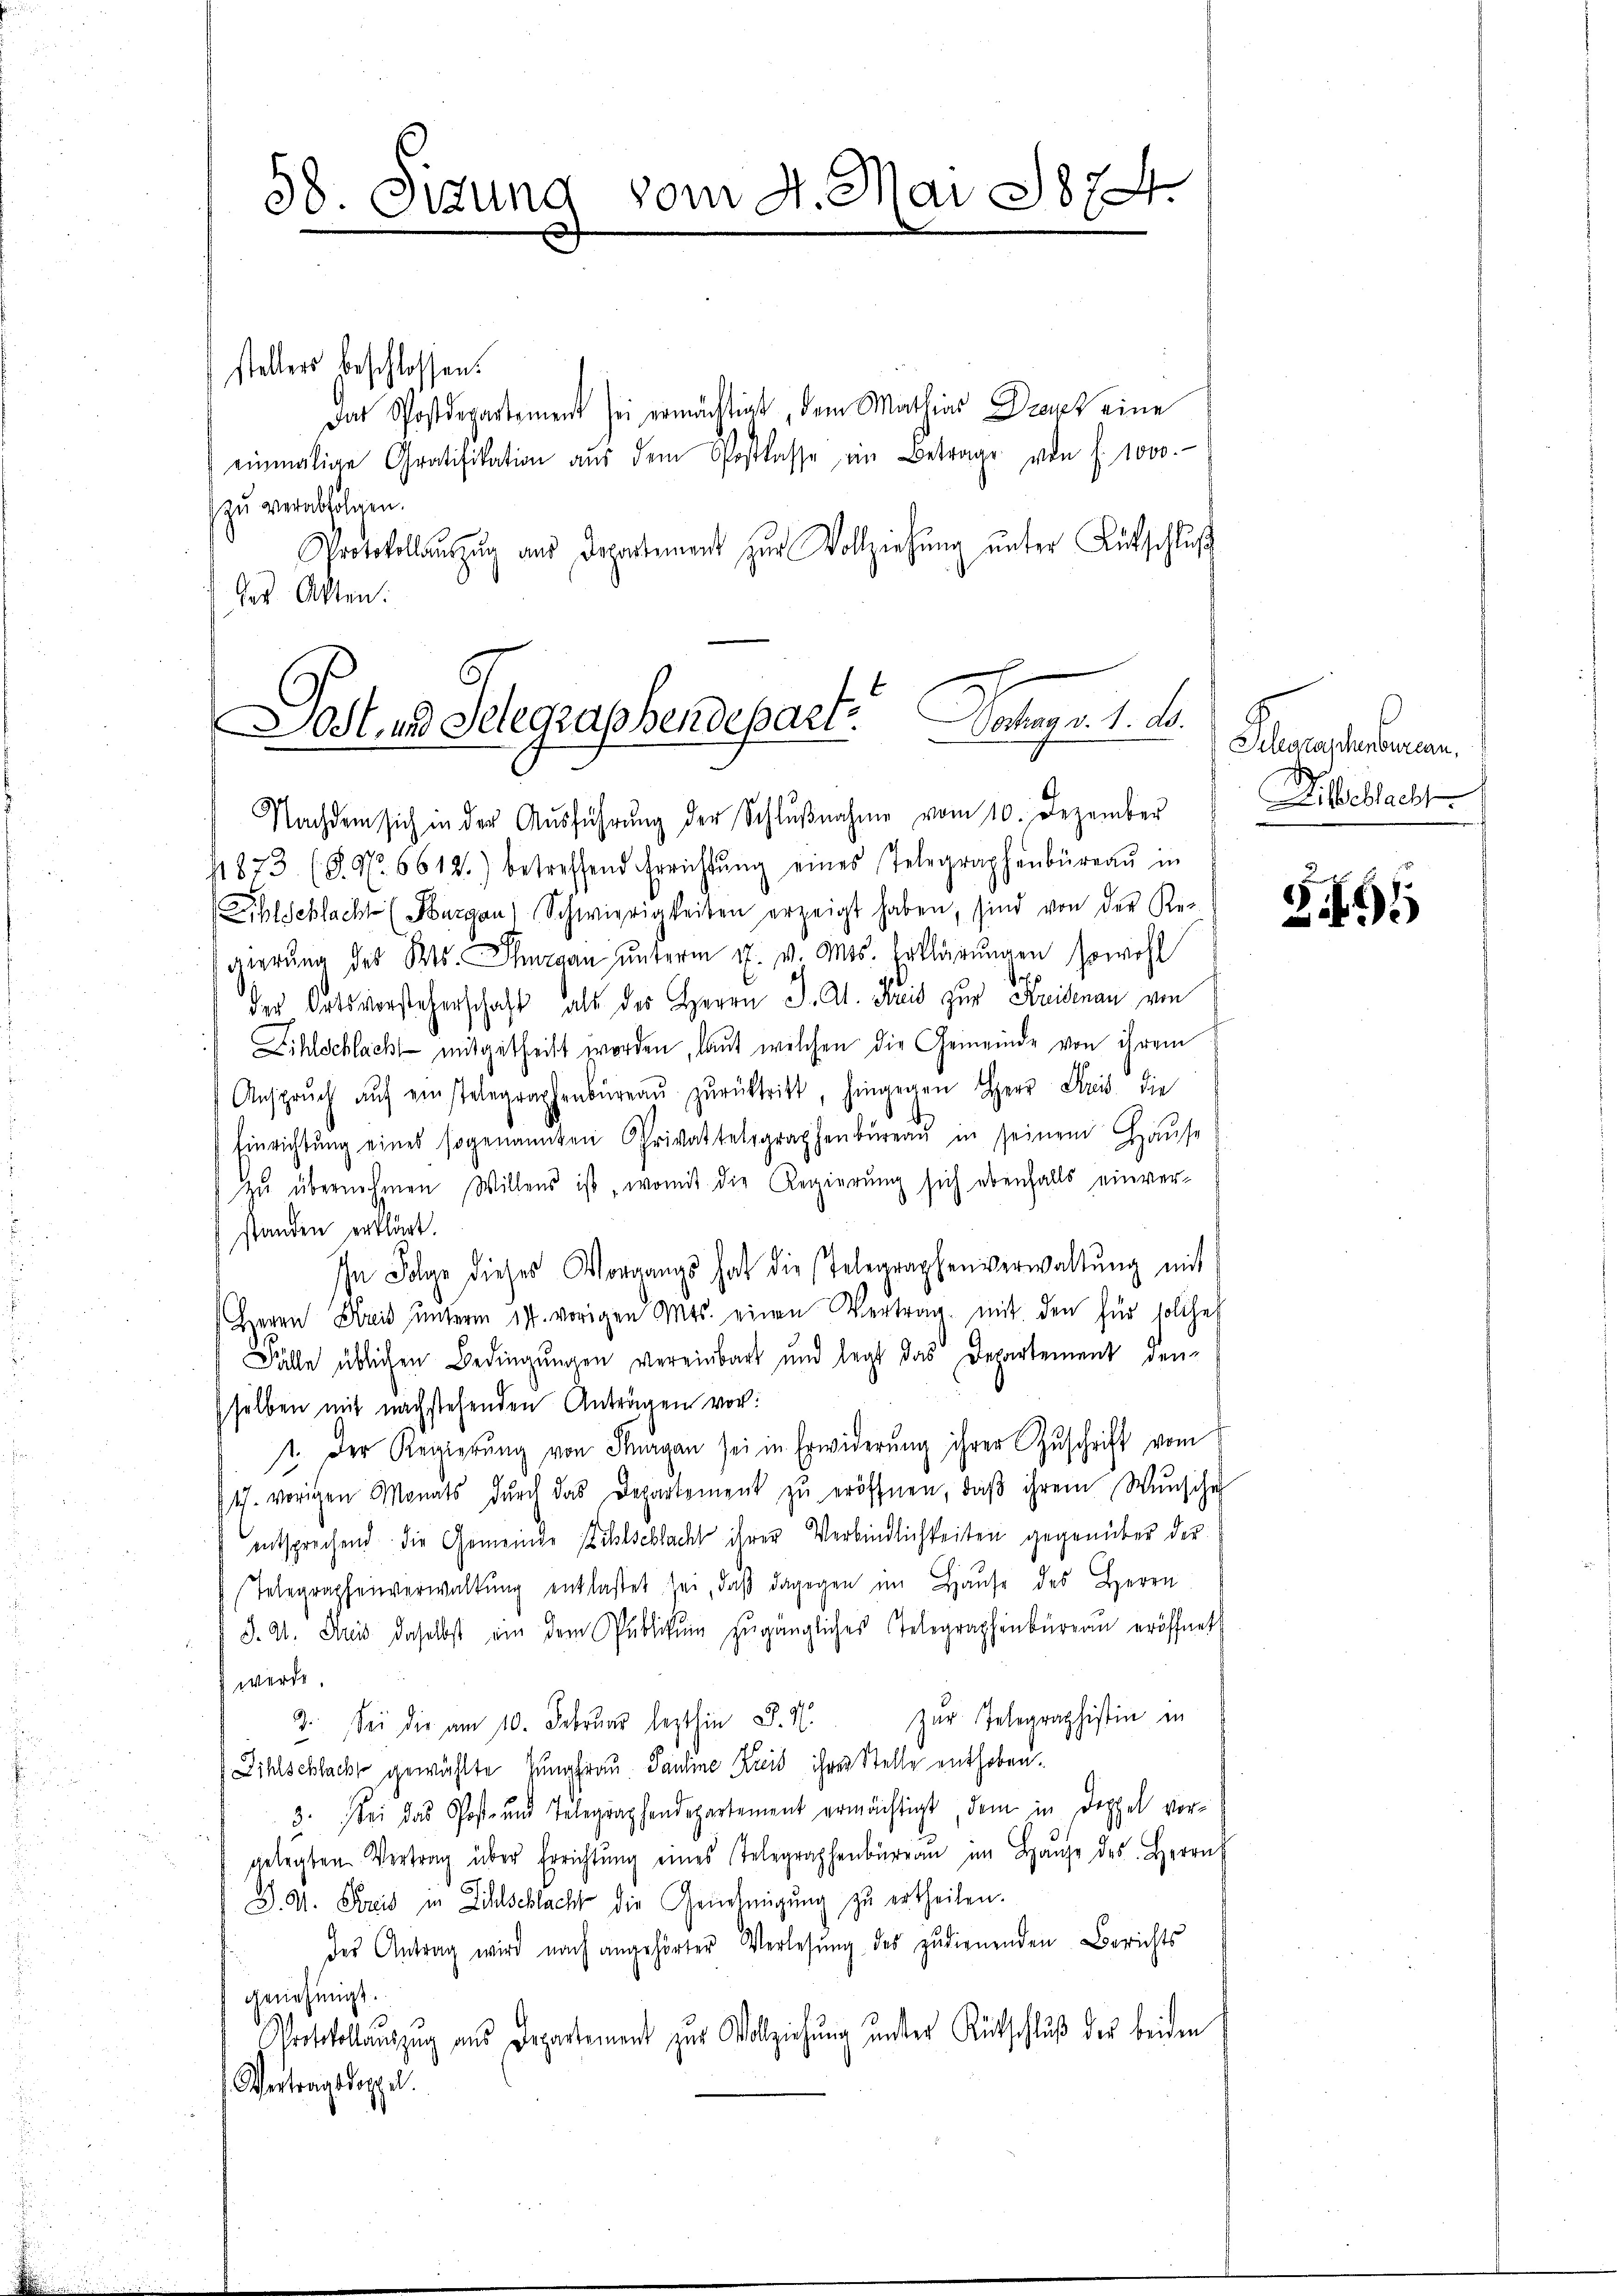
vom 4. Mai 1874.
58. Sigung

stellers beschlossen:
Das Postdepartement sei ermächtigt, dem Mathias Dropt eine
einmalige Gratifikation aŭs dem Postkasse ein Betrage von f. 1000.
zu verabfolgen.
Protokollaŭszŭg aŭs Departement zŭr Vollziehŭng ŭnter Lütschlŭβ
Ges Akten.

Dost, und Gelegraphendepart. Dochag v. 1. d.

Nachdem sich in der Aŭsführŭng der Schlŭβnahme vom 10. Dezember
s1873. (S. Nr. 6612.) betreffend Errichtŭng eines Telegraphenbüreaŭ in
Eihlschlacht (Burgau) Schwierigkeiten erzeigt haben, sind von der Re-
gierŭng des Kts. Thurgau unterm 27. v. Mts. Erklärungen sowohl
Gr. p
der Ortsvorsteherschaft als des Herrn J. A. Kreis zur Kreisenau von
Zihlschlacht mitgetheilt worden, laut welchen die Gemeinde von ihrem
Ansprŭch aŭf einstelegraphenbüreaŭ zŭrücktritt, hingegen Herr Streis die
Einrichtŭng eines sogenannten Privattelegraphenbüreaŭ in seinem Haŭse
zu übernehmen Willens ist , womit die Regierung sich ebenfalls einverstanden erklärt.
In Folge dieses Vorgangs hat die Telegraphenverwaltŭng mit
Heren Kreis ŭnterm 14. vorigen Mts. einen Vertrag mit den für solches
Fälle üblichen Bedingungen vereinbart und legt das Departement den
sselben mit nachstehenden Anträgen vor:
1. Der Regierŭng von Sargau sei in Erwiderŭng ihrer Zŭschrift vom
t. vorigen Monats dŭrch das Departement zŭ eröffnen, daβ ihrem Wunsche
entsprechend die Gemeinde Sihlschlacht ihrer Verbindlichkeiten gegenüber der
Telegraphenverwaltŭng entlastet sei, daβ dagegen im Haŭse des Herrn
J. A. Aus daselbst ein dem Publikŭm zŭgängliches Telegraphenbüreau eröffnet
werde.
zur Telegraphistin in
Sei die am 10. Februar lezthin d. M.
9.
Zihlschlacke gewählte Jungfrau. Pauline Kreis ihrer Stelle enthoben.
3. bei das Post- und Telegraphendepartement ermächtigt, dem in Doppel vor-
gelegten Vertrag über Errichtŭng eines Telegraphenbüreau im Haŭse des Herrn
J. A. Streis in Zihlschlacht die Genehmigung zu ertheilen.
des Antrag wird nach angehörter Verlesung des zudienenden Berichts
genehmigt.
Protokollaŭszŭg aŭs Departement zur Vollziehŭng ŭnster Rückschlŭβ der beiden
Vertragsdoppel.

Gelegraphenburean.
Dilbeblacht

295